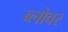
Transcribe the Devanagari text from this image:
ब्लोवर